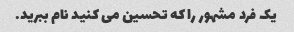
یک فرد مشهور را که تحسین می کنید نام ببرید.